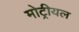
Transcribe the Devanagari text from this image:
मोट्रीयल